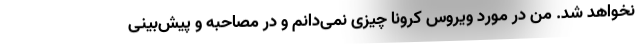
نخواهد شد. من در مورد ویروس کرونا چیزی نمی‌دانم و در مصاحبه و پیش‌بینی